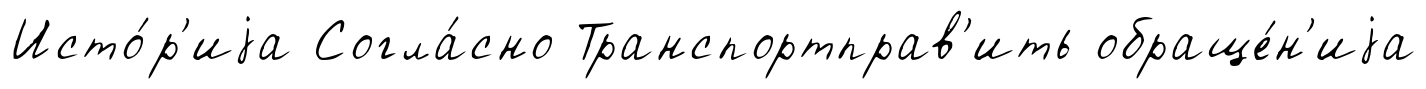
Исто́р'иjа Согла́сно Транспортправ'ить обраще́н'иjа